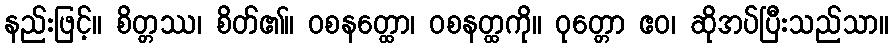
နည်းဖြင့်။ စိတ္တဿ၊ စိတ်၏။ ဝစနတ္ထော၊ ဝစနတ္ထကို။ ဝုတ္တော ဧဝ၊ ဆိုအပ်ပြီးသည်သာ။